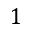
1